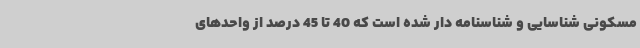
مسکونی شناسایی و شناسنامه دار شده است که 40 تا 45 درصد از واحدهای